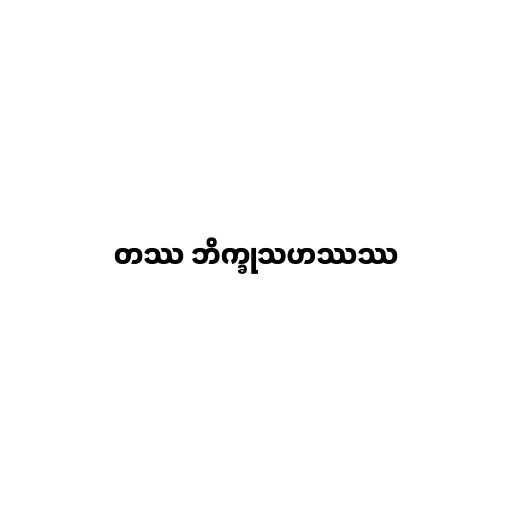
တဿ ဘိက္ခုသဟဿဿ